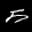
Label: 5